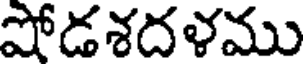
షోడశదళము